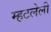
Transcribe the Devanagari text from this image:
म्हटलेली